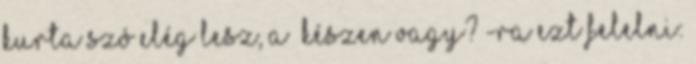
kurta szó elég lesz, a „Készen vagy?”-ra ezt felelni: